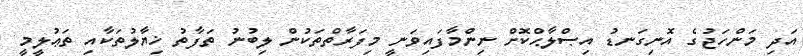
އަދި މަންހަޖުގެ އޮނިގަނޑު އިޞްލާޙްކޮށް ނިންމާފައިވަނީ މިފަރާތްތަކުން ލިބުނު ތަފާތު ޚިޔާލުތަކާއި ތަޢުލީމީ